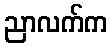
ညာလက်က